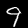
Label: 9